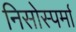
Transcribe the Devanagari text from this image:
निसोस्पर्मा